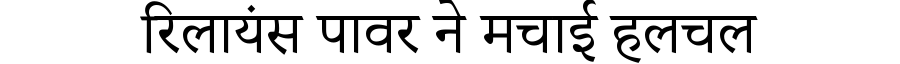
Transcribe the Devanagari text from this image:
रिलायंस पावर ने मचाई हलचल